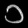
Digit: ၁